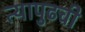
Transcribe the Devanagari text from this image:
त्यापुढची